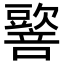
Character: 𡃠